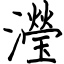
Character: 瀅